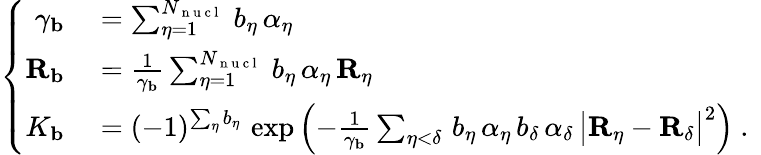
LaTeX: \left\lbrace\begin{array}{rl}{\gamma_{\mathbf{b}}}&{{}=\sum_{\eta=1}^{N_{\mathrm{~n~u~c~l~}}}\, b_{\eta}\, \alpha_{\eta}}\\ {{\mathbf{R}_{\mathbf{b}}}}&{{}=\frac{1}{\gamma_{\mathbf{b}}}\sum_{\eta=1}^{N_{\mathrm{~n~u~c~l~}}}\, b_{\eta}\, \alpha_{\eta}\, {\mathbf{R}_{\eta}}}\\ {K_{\mathbf{b}}}&{{}=(-1)^{\sum_{\eta}b_{\eta}}\, \exp\left(-\frac{1}{\gamma_{\mathbf{b}}}\sum_{\eta<\delta}\, b_{\eta}\, \alpha_{\eta}\, b_{\delta}\, \alpha_{\delta}\, \big|{\mathbf{R}_{\eta}}-{\mathbf{R}_{\delta}}\big|^{2}\right)\mathrm{~.~}}\end{array}\right.